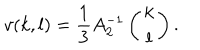
v ( k , l ) = \frac { 1 } { 3 } A _ { 2 } ^ { - 1 } \left( \begin{array} { c } { { k } } \\ { { l } } \\ \end{array} \right) .